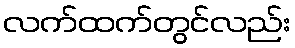
လက်ထက်တွင်လည်း